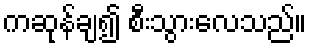
ကဆုန်ချ၍ စီးသွားလေသည်။